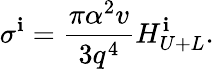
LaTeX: \sigma^{\mathbf{i}}=\frac{{\pi\alpha^{2}v}}{{3q^{4}}}H_{U+L}^{\mathbf{i}}.